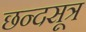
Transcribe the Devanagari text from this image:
छन्दसूत्र